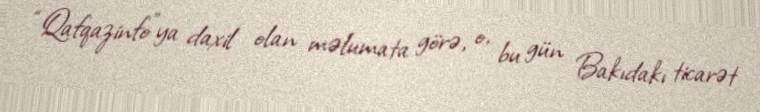
“Qafqazinfo”ya daxil olan məlumata görə, o, bu gün Bakıdakı ticarət